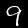
Label: 9